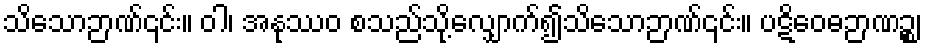
သိသောဉာဏ်၎င်း။ ဝါ၊ အနုဿဝ စသည်သို့လျှောက်၍သိသောဉာဏ်၎င်း။ ပဋိဝေဓဉာဏဉ္စ၊